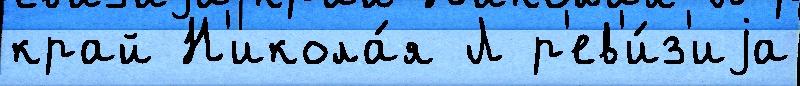
край Н'икола́я Л р'ев'и́з'иjа